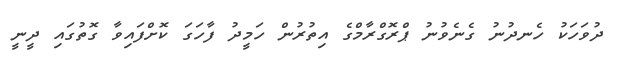
ދުވަހަކު ހެނދުނު ގެނެވުނު ޕްރޮގްރާމްގެ އިތުރުން ހަމީދު ފާހަގަ ކޮށްފައިވާ ގޮތުގައި ދީނީ